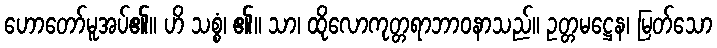
ဟောတော်မူအပ်၏။ ဟိ သစ္စံ၊ ၏။ သာ၊ ထိုလောကုတ္တရာဘာဝနာသည်။ ဥတ္တမဋ္ဌေန၊ မြတ်သော